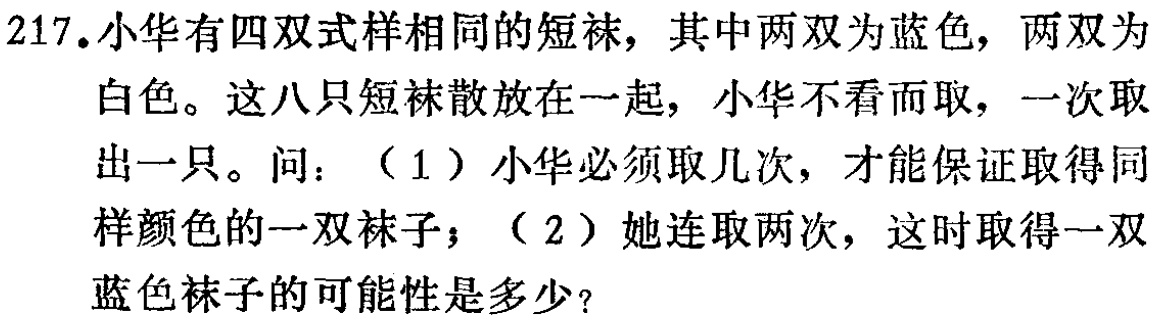
217. 小华有四双式样相同的短袜，其中两双为蓝色，两双为白色。这八只短袜散放在一起，小华不看而取，一次取出一只。问：（1）小华必须取几次，才能保证取得同样颜色的一双袜子；（2）她连取两次，这时取得一双蓝色袜子的可能性是多少？